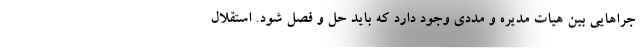
جرا‌هایی بین هیات مدیره و مددی وجود دارد که باید حل و فصل شود. استقلال